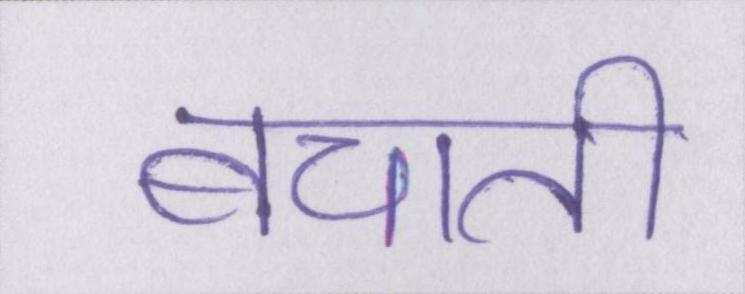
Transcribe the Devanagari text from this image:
बचाती